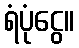
ရံပုံငွေ။